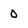
Character: 0